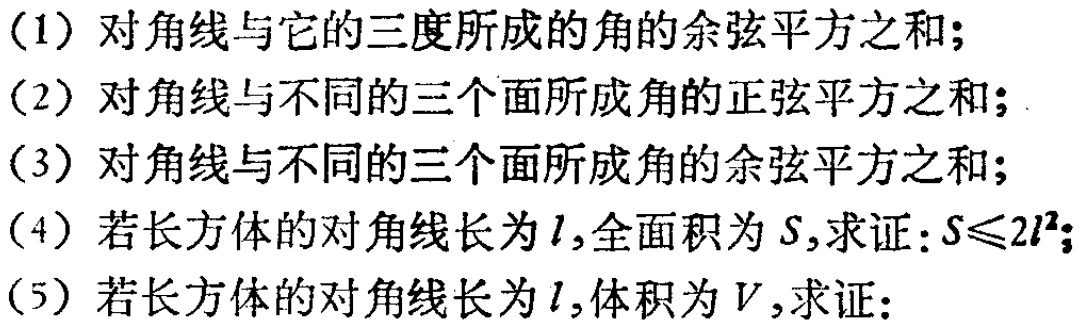
(1) 对角线与它的三度所成的角的余弦平方之和；
(2) 对角线与不同的三个面所成角的正弦平方之和；
(3) 对角线与不同的三个面所成角的余弦平方之和；
(4) 若长方体的对角线长为\(l\),全面积为\(S\),求证：\(S\leqslant2l^{2}\)；
(5) 若长方体的对角线长为\(l\),体积为\(V\),求证：